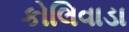
કોલિવાડા